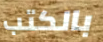
بالكتب